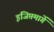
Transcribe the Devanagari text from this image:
इजिप्तमार्गे